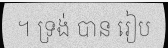
។ ទ្រង់ បាន រៀប